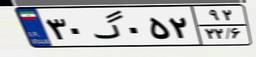
۷۴گ۴۱۷۲۹